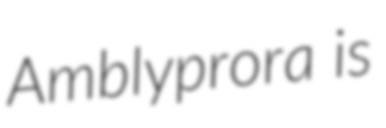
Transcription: Amblyprora is